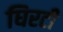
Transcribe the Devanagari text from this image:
घिरटी